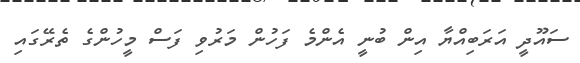
ސައޫދީ އަރަބިއްޔާ އިން ބުނީ އެންމެ ފަހުން މަރުވި ފަސް މީހުންގެ ތެރޭގައި